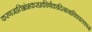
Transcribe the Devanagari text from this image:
करणजातिभ्रंशकरप्रकीर्णकादिनानाविधपातकानां